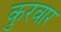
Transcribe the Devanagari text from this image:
कुरवार